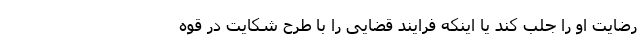
رضایت او را جلب کند یا اینکه فرایند قضایی را با طرح شکایت در قوه